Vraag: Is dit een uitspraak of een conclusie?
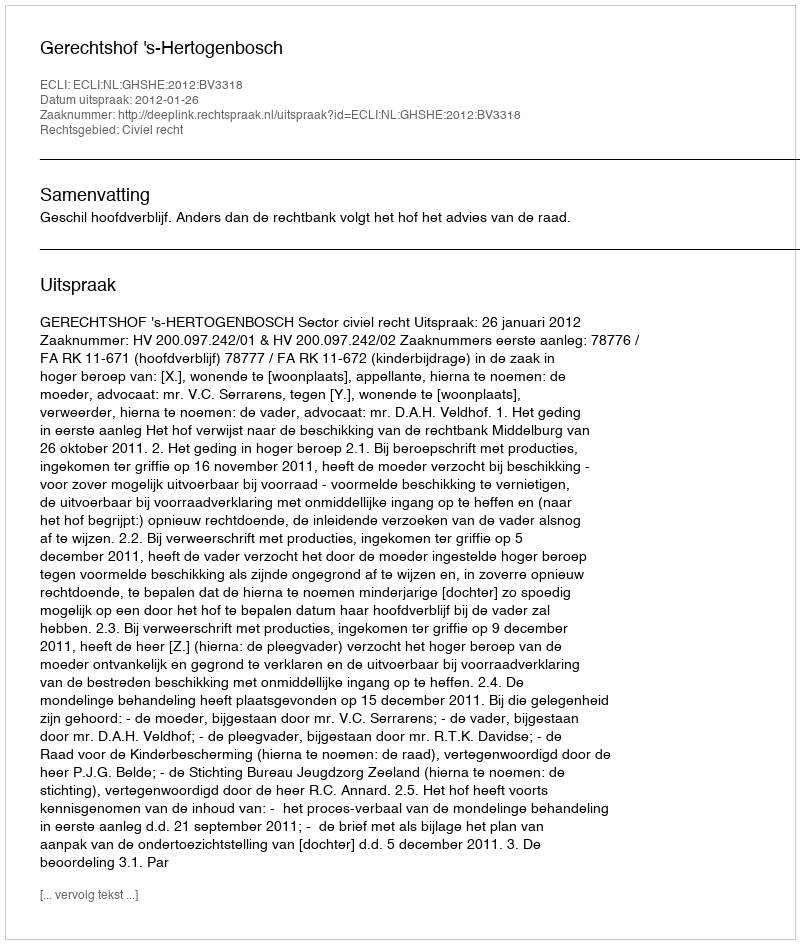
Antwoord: Uitspraak